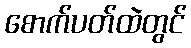
စောက်ပတ်ထဲတွင်